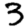
Digit: 3